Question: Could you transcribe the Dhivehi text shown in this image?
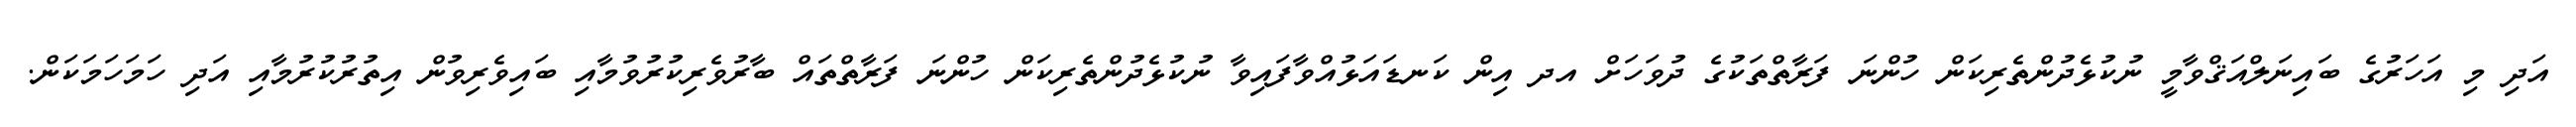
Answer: އަދި މި އަހަރުގެ ބައިނަލްއަޤްވާމީ ނުކުޅެދުންތެރިކަން ހުންނަ ފަރާތްތަކުގެ ދުވަހަށް އދ އިން ކަނޑައަޅުއްވާފައިވާ ނުކުޅެދުންތެރިކަން ހުންނަ ފަރާތްތައް ބާރުވެރިކުރުވުމާއި ބައިވެރިވުން އިތުރުކުރުމާއި އަދި ހަމަހަމަކަން.